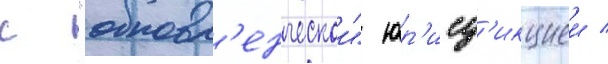
с "обновл'енческои" юр'исд'икциеи /